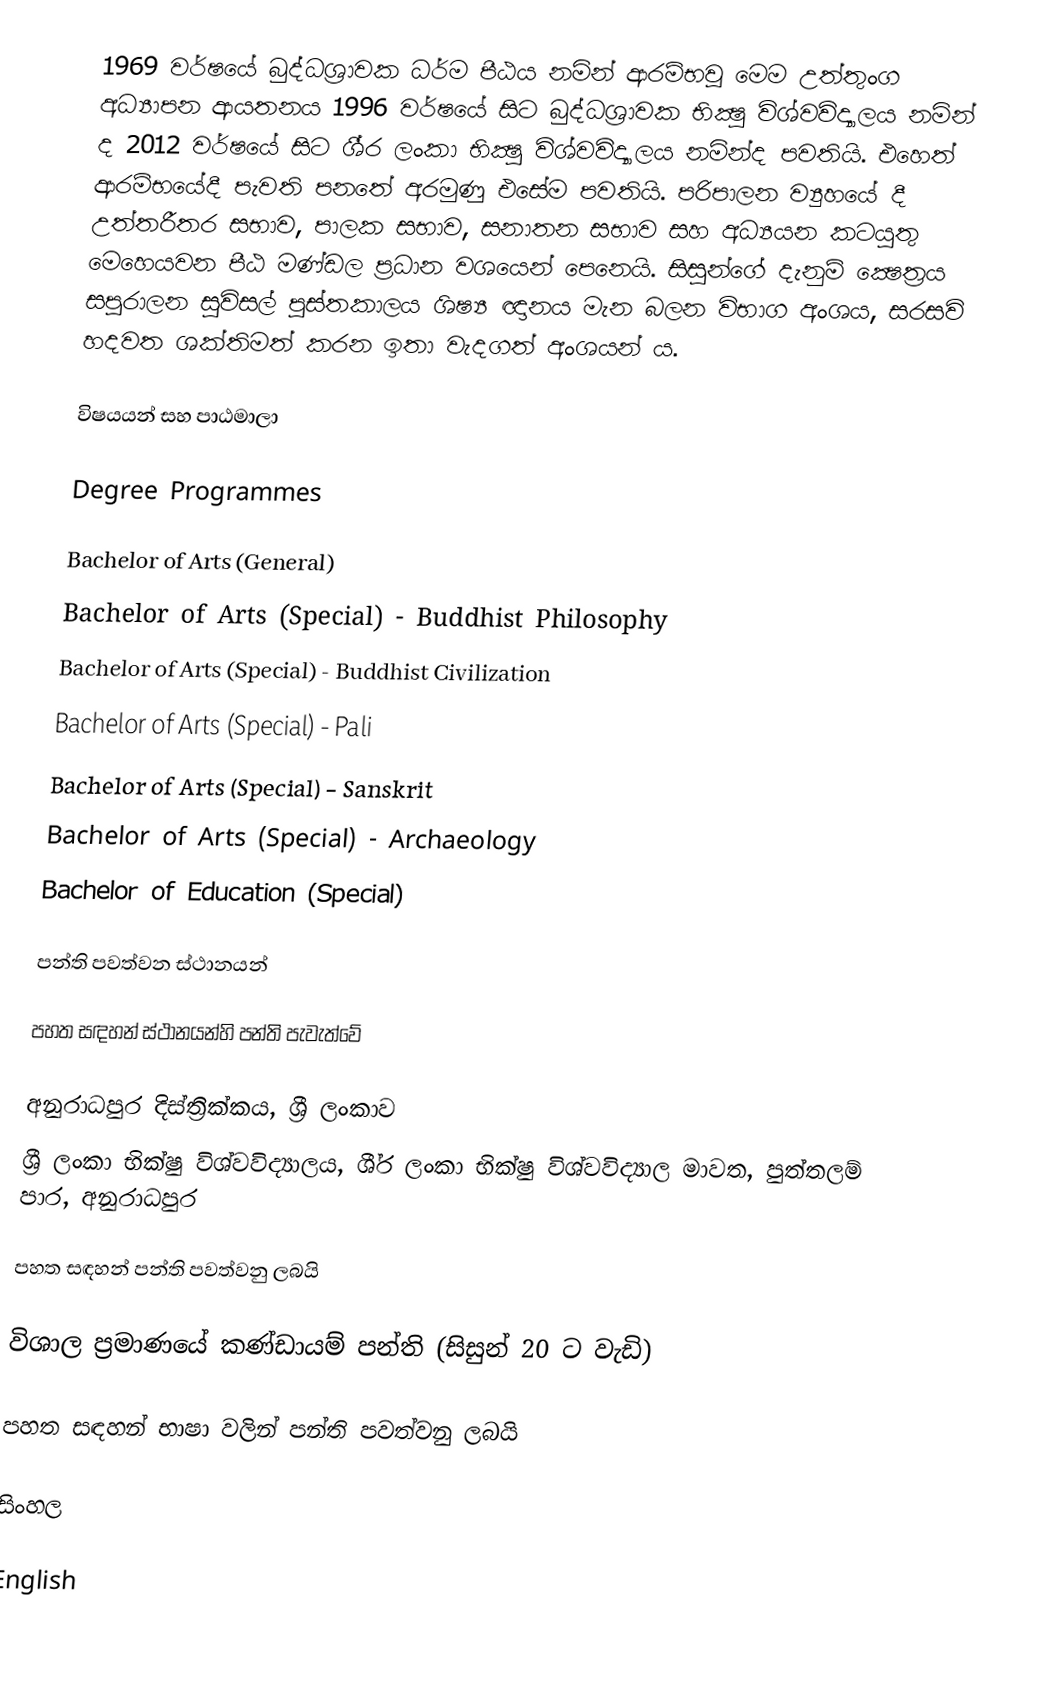
1969 වර්ෂයේ බුද්ධශ‍්‍රාවක ධර්ම පීඨය නමින් ආරම්භවූ මෙම උත්තුංග අධ්‍යාපන ආයතනය 1996 වර්ෂයේ සිට බුද්ධශ‍්‍රාවක භික්‍ෂු විශ්වවිද්‍යාලය නමින් ද 2012 වර්ෂයේ සිට ශී‍්‍ර ලංකා භික්‍ෂු විශ්වවිද්‍යාලය නමින්ද පවතියි. එහෙත් ආරම්භයේදී පැවති පනතේ අරමුණු එසේම පවතියි. පරිපාලන ව්‍යුහයේ දී උත්තරීතර සභාව, පාලක සභාව, සනාතන සභාව සහ අධ්‍යයන කටයුතු මෙහෙයවන පීඨ මණ්ඩල ප‍්‍රධාන වශයෙන් පෙනෙයි. සිසුන්ගේ දැනුම් ක්‍ෂෙත‍්‍රය සපුරාලන සුවිසල් පුස්තකාලය ශිෂ්‍ය ඥානය මැන බලන විභාග අංශය, සරසවි හදවත ශක්තිමත් කරන ඉතා වැදගත් අංශයන් ය.

විෂයයන් සහ පාඨමාලා

Degree Programmes

 Bachelor of Arts (General)
 Bachelor of Arts (Special) - Buddhist Philosophy
 Bachelor of Arts (Special) - Buddhist Civilization
 Bachelor of Arts (Special) - Pali
 Bachelor of Arts (Special) - Sanskrit
 Bachelor of Arts (Special) - Archaeology
 Bachelor of Education (Special)

පන්ති පවත්වන ස්ථානයන්

පහත සඳහන් ස්ථානයන්හි පන්ති පැවැත්වේ

අනුරාධපුර දිස්ත්‍රික්කය, ශ්‍රී ලංකාව
ශ‍්‍රී ලංකා භික්ෂු විශ්වවිද්‍යාලය, ශී‍්‍ර ලංකා භික්ෂු විශ්වවිද්‍යාල මාවත, පුත්තලම් පාර, අනුරාධපුර  

පහත සඳහන් පන්ති පවත්වනු ලබයි

 විශාල ප්‍රමාණයේ කණ්ඩායම් පන්ති (සිසුන් 20 ට වැඩි)

පහත සඳහන් භාෂා වලින් පන්ති පවත්වනු ලබයි

 සිංහල

 English